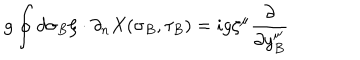
LaTeX: g \oint d \sigma _ { B } \zeta \cdot \partial _ { n } X ( \sigma _ { B } , \tau _ { B } ) = i g \zeta ^ { \mu } { \frac { \partial } { \partial y _ { B } ^ { \mu } } }